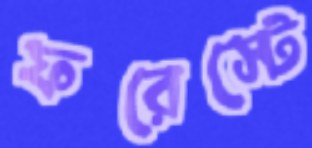
ফরেস্টে